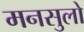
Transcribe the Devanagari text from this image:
मनसुलो